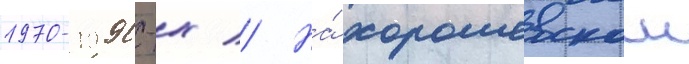
1970-1990-х // На́ хорошевском